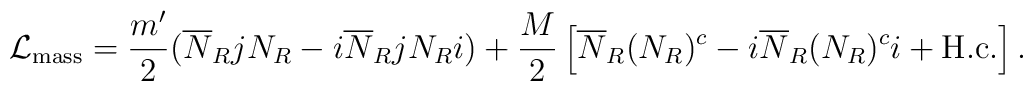
{\cal L}_{\rm mass} = \frac{m'}{2} (\overline{N}_R j N_R - i\overline{N}_R j N_R i) + \frac{M}{2}\left[\overline{N}_R (N_R)^c- i \overline{N}_R (N_R)^c i + {\rm H.c.}\right].